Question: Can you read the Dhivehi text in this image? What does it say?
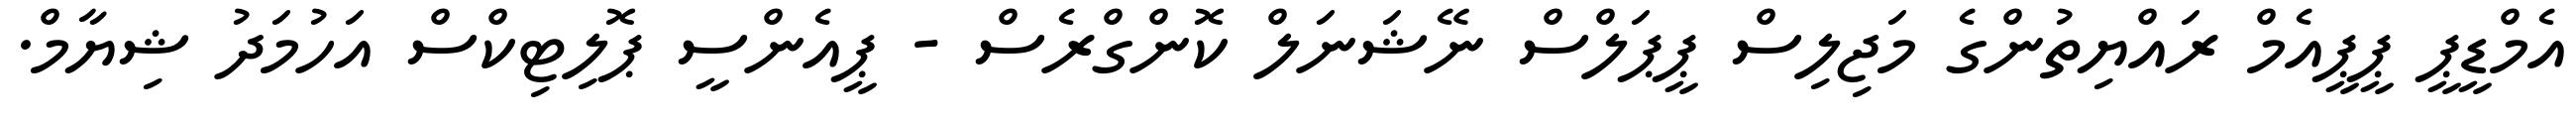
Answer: އެމްޑީޕީ ޕީޕީއެމް ރައްޔިތުންގެ މަޖިލިސް ޕީޕަލްސް ނޭޝަނަލް ކޮންގްރެސް - ޕީއެންސީ ޕޮލިޓިކްސް އަހުމަދު ޝިޔާމް.